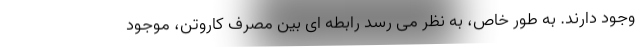
وجود دارند. به طور خاص، به نظر می رسد رابطه ای بین مصرف کاروتن، موجود